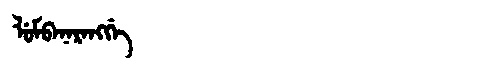
Manchu: ᠯᡠᠮᠪᠠᠨᠠᡵᠠᠩᡤᡝ
Romanization: LUMBANARANGGE